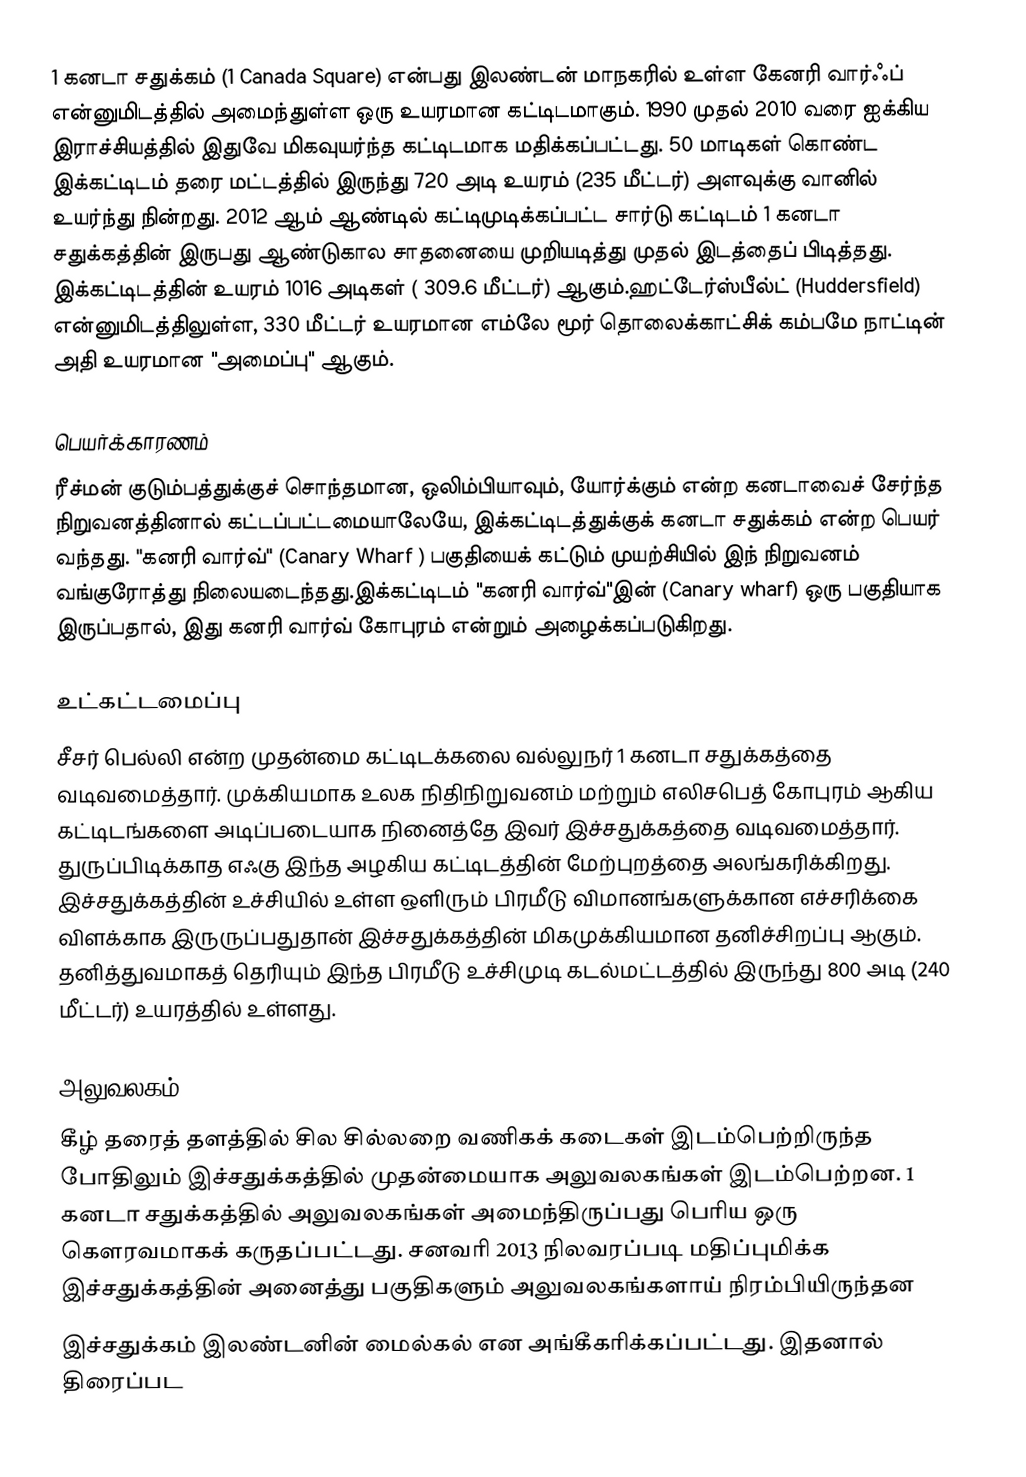
1 கனடா சதுக்கம் (1 Canada Square) என்பது  இலண்டன் மாநகரில் உள்ள கேனரி வார்ஃப் என்னுமிடத்தில் அமைந்துள்ள ஒரு உயரமான கட்டிடமாகும். 1990 முதல் 2010 வரை ஐக்கிய இராச்சியத்தில் இதுவே மிகவுயர்ந்த கட்டிடமாக மதிக்கப்பட்டது. 50 மாடிகள் கொண்ட இக்கட்டிடம் தரை மட்டத்தில் இருந்து 720 அடி உயரம் (235 மீட்டர்) அளவுக்கு வானில் உயர்ந்து நின்றது. 2012 ஆம் ஆண்டில் கட்டிமுடிக்கப்பட்ட சார்டு கட்டிடம் 1 கனடா சதுக்கத்தின் இருபது ஆண்டுகால சாதனையை முறியடித்து முதல் இடத்தைப் பிடித்தது. இக்கட்டிடத்தின் உயரம் 1016 அடிகள் ( 309.6 மீட்டர்) ஆகும்.ஹட்டேர்ஸ்பீல்ட் (Huddersfield) என்னுமிடத்திலுள்ள, 330 மீட்டர் உயரமான எம்லே மூர் தொலைக்காட்சிக் கம்பமே நாட்டின் அதி உயரமான "அமைப்பு" ஆகும்.

பெயர்க்காரணம்
ரீச்மன் குடும்பத்துக்குச் சொந்தமான, ஒலிம்பியாவும், யோர்க்கும் என்ற கனடாவைச் சேர்ந்த நிறுவனத்தினால் கட்டப்பட்டமையாலேயே, இக்கட்டிடத்துக்குக் கனடா சதுக்கம் என்ற பெயர் வந்தது. "கனரி வார்வ்" (Canary Wharf ) பகுதியைக் கட்டும் முயற்சியில் இந் நிறுவனம் வங்குரோத்து நிலையடைந்தது.இக்கட்டிடம் "கனரி வார்வ்"இன் (Canary wharf) ஒரு பகுதியாக இருப்பதால், இது கனரி வார்வ் கோபுரம் என்றும் அழைக்கப்படுகிறது.

உட்கட்டமைப்பு
சீசர் பெல்லி என்ற முதன்மை கட்டிடக்கலை வல்லுநர் 1 கனடா சதுக்கத்தை வடிவமைத்தார். முக்கியமாக உலக நிதிநிறுவனம் மற்றும் எலிசபெத் கோபுரம் ஆகிய கட்டிடங்களை அடிப்படையாக நினைத்தே இவர் இச்சதுக்கத்தை வடிவமைத்தார். துருப்பிடிக்காத எஃகு இந்த அழகிய கட்டிடத்தின் மேற்புறத்தை அலங்கரிக்கிறது. இச்சதுக்கத்தின் உச்சியில் உள்ள ஒளிரும் பிரமீடு விமானங்களுக்கான எச்சரிக்கை விளக்காக இருருப்பதுதான் இச்சதுக்கத்தின் மிகமுக்கியமான தனிச்சிறப்பு ஆகும். தனித்துவமாகத் தெரியும் இந்த பிரமீடு உச்சிமுடி கடல்மட்டத்தில் இருந்து 800 அடி (240 மீட்டர்) உயரத்தில் உள்ளது.

அலுவலகம்
கீழ் தரைத் தளத்தில் சில சில்லறை வணிகக் கடைகள் இடம்பெற்றிருந்த போதிலும் இச்சதுக்கத்தில் முதன்மையாக அலுவலகங்கள் இடம்பெற்றன. 1 கனடா சதுக்கத்தில் அலுவலகங்கள் அமைந்திருப்பது பெரிய ஒரு கௌரவமாகக் கருதப்பட்டது. சனவரி 2013 நிலவரப்படி மதிப்புமிக்க இச்சதுக்கத்தின் அனைத்து பகுதிகளும் அலுவலகங்களாய் நிரம்பியிருந்தன
இச்சதுக்கம்  இலண்டனின் மைல்கல் என அங்கீகரிக்கப்பட்டது. இதனால்  திரைப்பட